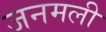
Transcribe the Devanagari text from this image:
जनमली